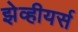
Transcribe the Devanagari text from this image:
झेव्हीयर्स